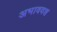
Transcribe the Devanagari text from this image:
अभाववश